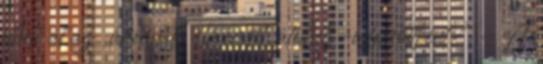
élheti át az ,,áramlat" élményét, átélheti-e felnőttként? - A